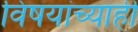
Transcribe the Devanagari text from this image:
विषयांच्याही